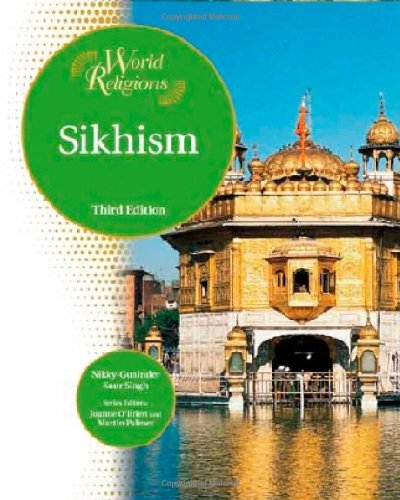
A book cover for Sikhism (World Religions (Facts on File)); Nikky-Guninder Kaur Singh; Teen & Young Adult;